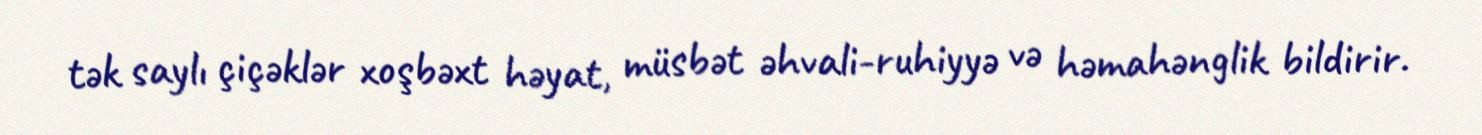
tək saylı çiçəklər xoşbəxt həyat, müsbət əhvali-ruhiyyə və həmahənglik bildirir.